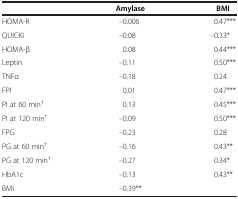
<table><thead><tr><td><b> </b></td><td><b>Amylase</b></td><td><b>BMI</b></td></tr></thead><tbody><tr><td>HOMA-R</td><td>–0.006</td><td>0.47***</td></tr><tr><td>QUICKI</td><td>–0.08</td><td>–0.33*</td></tr><tr><td>HOMA-β</td><td>0.08</td><td>0.44***</td></tr><tr><td>Leptin</td><td>–0.11</td><td>0.50***</td></tr><tr><td>TNFα</td><td>–0.18</td><td>0.24</td></tr><tr><td>FPI</td><td>0.01</td><td>0.47***</td></tr><tr><td>PI at 60 min<sup>†</sup></td><td>0.13</td><td>0.45***</td></tr><tr><td>PI at 120 min<sup>†</sup></td><td>–0.09</td><td>0.50***</td></tr><tr><td>FPG</td><td>–0.23</td><td>0.28</td></tr><tr><td>PG at 60 min<sup>†</sup></td><td>–0.16</td><td>0.43**</td></tr><tr><td>PG at 120 min<sup>†</sup></td><td>–0.27</td><td>0.34*</td></tr><tr><td>HbA1c</td><td>–0.13</td><td>0.43**</td></tr><tr><td>BMI</td><td>–0.39**</td><td> </td></tr></tbody></table>